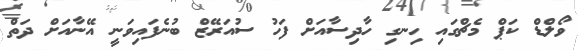
ވޯލްޑް ކަޕް މެޗްގައި ހިނގި ހާދިސާއަށް ފަހު ސުއަރޭޒް ބުނެފައިވަނީ އޭނާއަށް ދަތް